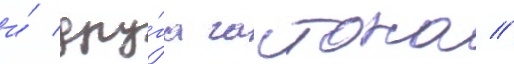
и́ дру́га гастона //